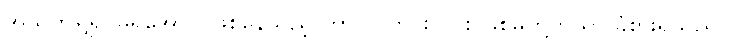
အသက်ရှူ၍ မရအောင် ဖြစ်နေသည့် ဟာလာဟင်းလင်း ဖြစ်မှုတို့ကိုသာ ခံစားရသည်။